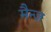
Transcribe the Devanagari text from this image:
मैन्ज़